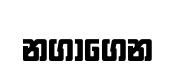
නගාගෙන